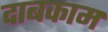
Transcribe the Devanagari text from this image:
दाबकाम